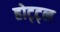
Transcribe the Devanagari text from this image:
होट्ट्ल